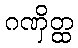
ဂဏှိတ္ထ